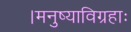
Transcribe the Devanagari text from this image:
।मनुष्याविग्रहाः